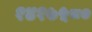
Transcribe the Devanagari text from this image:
१४१७५८०